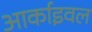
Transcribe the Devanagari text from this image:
आर्काइवल